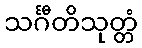
သင်္ဂီတိသုတ္တံ